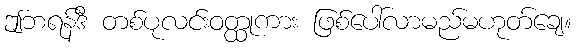
ဤဘရန်ဒီ တစ်ပုလင်းဝတ္ထုကား ဖြစ်ပေါ်လာမည်မဟုတ်ချေ။